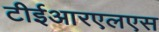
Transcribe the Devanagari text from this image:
टीईआरएलएस